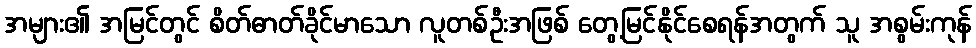
အများ၏ အမြင်တွင် စိတ်ဓာတ်ခိုင်မာသော လူတစ်ဦးအဖြစ် တွေ့မြင်နိုင်စေရန်အတွက် သူ အစွမ်းကုန်